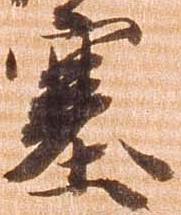
塞